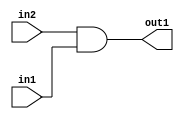
`timescale 1ps / 1ps
/*****************************************************************************
    Verilog RTL Description
    
    
    Created by: Stratus DpOpt 2019.1.01 
*******************************************************************************/

module pe_array_And_1U_5_4_1 (
	in2,
	in1,
	out1
	); /* architecture "behavioural" */ 
input  in2,
	in1;
output  out1;
wire  asc001;

assign asc001 = 
	(in2)
	&(in1);

assign out1 = asc001;
endmodule

/* CADENCE  urXyQgw= : u9/ySgnWtBlWxVPRXgAZ4Og= ** DO NOT EDIT THIS LINE ******/